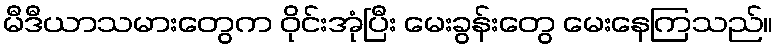
မီဒီယာသမားတွေက ဝိုင်းအုံပြီး မေးခွန်းတွေ မေးနေကြသည်။